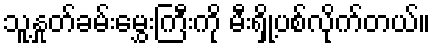
သူ့နှုတ်ခမ်းမွှေးကြီးကို မီးရှို့ပစ်လိုက်တယ်။